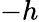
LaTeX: -h